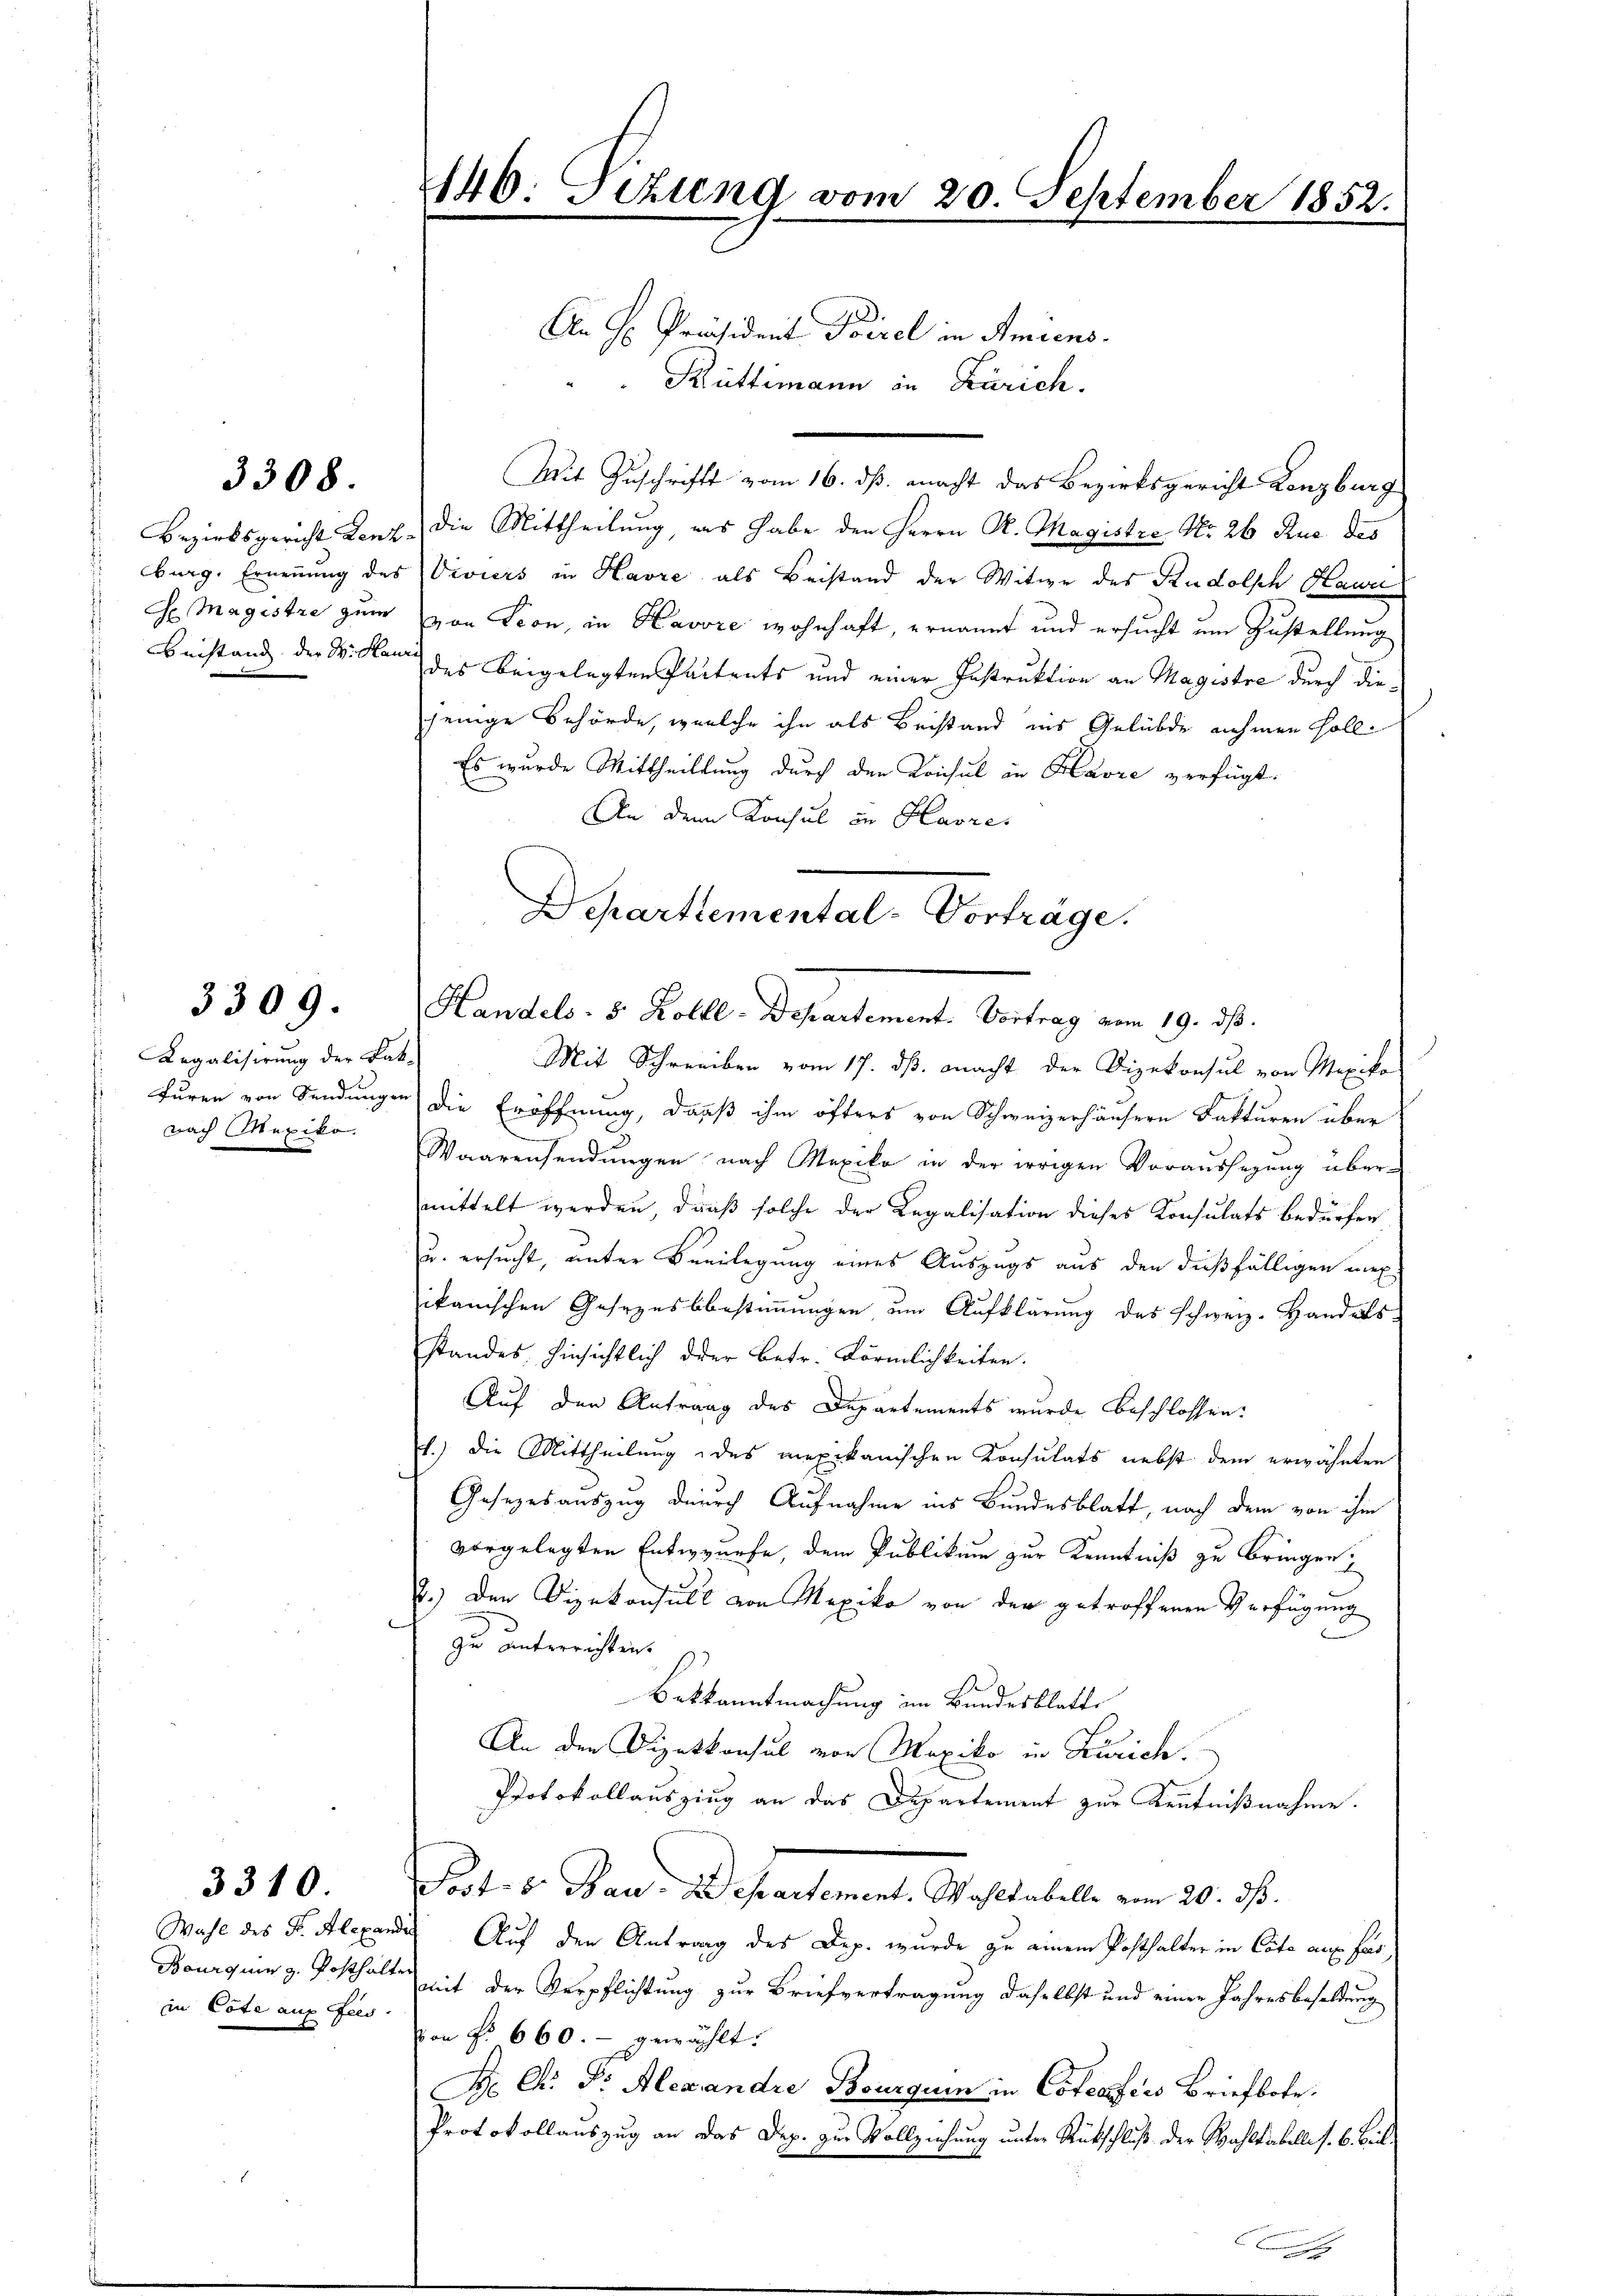
G. Magistre zum

3308

3309.

Aegalisirung der Ka-
Furen von Sendungen
nach Mexiko
d

3310.

Wahl des Dr. Alexan
Bourquing. Posthal
in Cote auf Fees,

146: Tizung vom 20. September 1852.

Mit Zuschrift vom 16. ds. macht das Bezirksgericht Lenzburg
Bezirksgericht Lenz die Mittheilung, ans habe den Herrn K. Magistre No. 26 Rue des
burg. Ernennung des Viviers in Havre als Beistand der Witwe des Rudolsch Hawr
von Seon, in Havore wohnhaft, ernannt und ersucht um Zustellung
Beistand der S. Kan der beigelegten Partents und einer Instruktion an Magistre durch diejenige Behörde, welche ihn als Beistand ins Gelübde nehmen soll
Es wurde Mittheilung durch den Konsul in Havre verfügt:
An dem Konsul in Havre
.
Mit Schreiben vom 17. ds. macht der Dizekonsul von Mexiko
"die Eröffnung, daß ihm öfters von Schweizerhäusern Fakturen über
Waarensendŭngen nach Mexiko in der irrigen Vorausserŭng über-
mittelt werden, daß solche der Legalisation dieses Konsulats bedürfen
u. ersucht, unter Beeilegung eines Auszugs aus den dießfälligen mex
ikanischen Gesezesbestimmungen, um Aufklärung des schweiz. Handelsstandes, hinsichtlich der Betr. Förmlichkeiten.
Auf den Antrag des Departements wurde beschlossen:
1.) Die Mittheilung des mexikanischen Konsulats nebst dem erwähnten
Gesezesauszug durch Aufnahme ins Bundesblatt, nach dem von ihm
vorgelegten Entwurfe, dem Publikum zur Kenntniß zu bringen,
2.) Der Vizekonsult von Mexiko von der getroffenen Verfügung
zu unterrichten.
Batkanntmachung im Bundesblatte
An den Dipatkonsul von Mexiko in Zürich.
Protokollauszing an das Departement zur Kenntnißnahme.
Fort- 8. Bau-Departement. Wahltabelle vom 20. ds.
 Auf den Antrag des Dep. wurde zu einem Posthalter in Cote aux fas
 mit der Verpflichtung zur Briefvertragung daselbst und einer Jahresbesoldung
von f. 660.- gewählt:
H. Dr. Dr. Alexandre Bourgum in Cofectées Briefbote.
Protokollauszug an das Dep. zur Vollziehung unter Rückschluß der Wahltabelle f. 6. Beil.

An H. Präsident Poirel in Amiens.
Küttimann in Zürich.

Departemental-Vorträge.
Handels- 8 Kolll-Departement. Vortrag vom 19. ds.